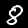
Digit: 8